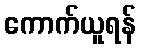
ကောက်ယူရန်